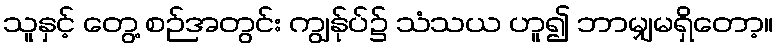
သူနှင့် တွေ့ စဉ်အတွင်း ကျွန်ုပ်၌ သံသယ ဟူ၍ ဘာမျှမရှိတော့။